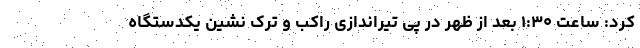
کرد: ساعت ۱:۳۰ بعد از ظهر در پی تیراندازی راکب و ترک نشین یکدستگاه